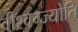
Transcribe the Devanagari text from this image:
वीश्वग्ज्योति